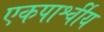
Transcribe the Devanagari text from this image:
एकपार्श्वीय